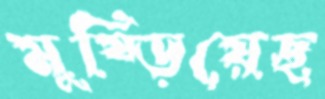
মুষ্‌ড়িয়েছ